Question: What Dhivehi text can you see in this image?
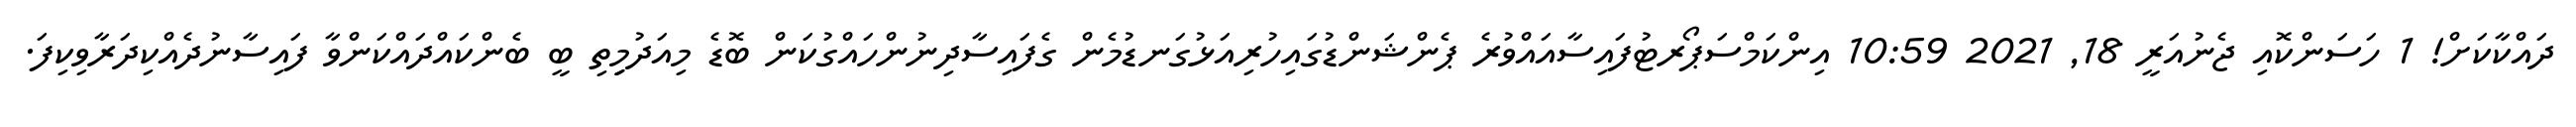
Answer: ދައްކާކަށް! 1 ހަސަންކޮއި ޖެނުއަރީ 18, 2021 10:59 އިންކަމްސަޕޯރޓުފައިސާއައްވުރެ ޕެންޝަންޑުގައިހުރިއަޅުގަނޑުމެން ގެފައިސާދިނުންހައްގުކަން ބޮޑެ މިއަދުމިިިތި ބީ ބެންކައްދައްކަންވާ ފައިސާނުދެއްކިދަރާވިކިފަ.